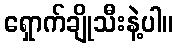
ရှောက်ချိုသီးနဲ့ပါ။